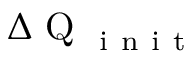
\Delta \mathrm { ~ Q ~ } _ { \mathrm { ~ i ~ n ~ i ~ t ~ } }